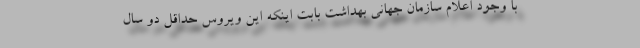
با وجود اعلام سازمان جهانی بهداشت بابت اینکه این ویروس حداقل دو سال